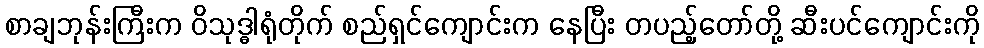
စာချဘုန်းကြီးက ဝိသုဒ္ဓါရုံတိုက် စည်ရှင်ကျောင်းက နေပြီး တပည့်တော်တို့ ဆီးပင်ကျောင်းကို